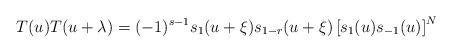
\begin{align*}T(u) T(u+\lambda)=(-1)^{s-1}s_{1}(u+\xi)s_{1-r}(u+\xi)\left[s_{1}(u) s_{-1}(u) \right]^{N} \end{align*}